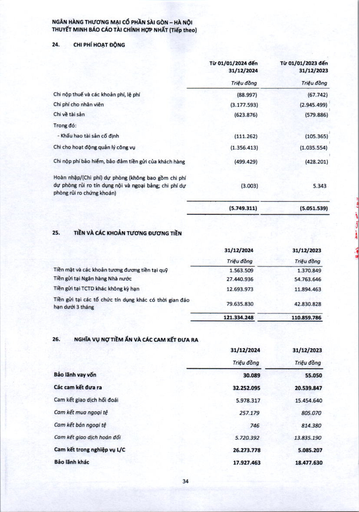
||Từ 01/01/2024 đến 31/12/2024|Từ 01/01/2023 đến 31/12/2023| |---|---|---| ||Triệu đồng|Triệu đồng| |Chi nộp thuế và các khoản phí, lệ phí|(88.997)|(67.742)| |Chi phí cho nhân viên|(3.177.593)|(2.945.499)| |Chi về tài sản|(623.876)|(579.886)| |Trong đó:||| |Khấu hao tài sản cố định|(111.262)|(105.365)| |Chi cho hoạt động quản lý công vụ|(1.356.413)|(1.035.554)| |Chi nộp phí bảo hiểm, bảo đảm tiền gửi của khách hàng|(499.429)|(428.201)| |Hoàn nhập/(Chi phí) dự phòng (không bao gồm chi phí dự phòng rủi ro tín dụng nội và ngoại bảng; chi phí dự phòng rủi ro chứng khoán)|(3.003)|5.343| ||(5.749.311)|(5.051.539)| ||31/12/2024|31/12/2023| |---|---|---| ||Triệu đồng|Triệu đồng| |Tiền mặt và các khoản tương đương tiền tại quỹ|1.563.509|1.370.849| |Tiền gửi tại Ngân hàng Nhà nước|27.440.936|54.763.646| |Tiền gửi tại TCTD khác không kỳ hạn|12.693.973|11.894.463| |Tiền gửi tại các tổ chức tín dụng khác có thời gian đáo hạn dưới 3 tháng|79.635.830|42.830.828| ||121.334.248|110.859.786| ||31/12/2024|31/12/2023| |---|---|---| ||Triệu đồng|Triệu đồng| |Bảo lãnh vay vốn|30.089|55.050| |Các cam kết đưa ra|32.252.095|20.539.847| |Cam kết giao dịch hối đoái|5.978.317|15.454.640| |Cam kết mua ngoại tệ|257.179|805.070| |Cam kết bán ngoại tệ|746|814.380| |Cam kết giao dịch hoán đổi|5.720.392|13.835.190| |Cam kết trong nghiệp vụ L/C|26.273.778|5.085.207| |Bảo lãnh khác|17.927.463|18.477.630|